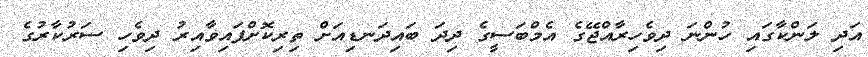
އަދި ލަންކާގައި ހުންނަ ދިވެހިރާއްޖޭގެ އެމްބަސީގެ ދިދަ ބައިދަނޑިއަށް ތިރިކޮށްފައިވާއިރު ދިވެހި ސަރުކާރުގެ